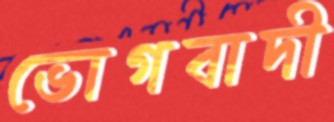
ভোগবাদী